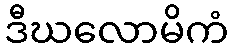
ဒီဃလောမိကံ